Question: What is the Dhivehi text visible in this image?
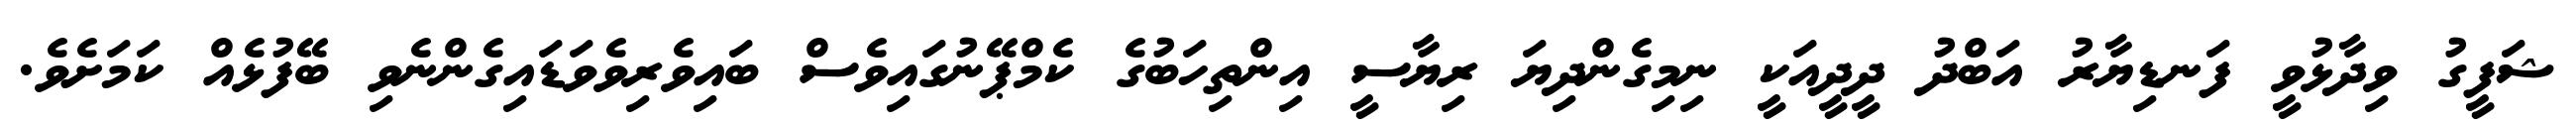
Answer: ޝަފީގު ވިދާޅުވީ ފަނޑިޔާރު އަބްދު ދީދީއަކީ ނިމިގެންދިޔަ ރިޔާސީ އިންތިހަބުގެ ކެމްޕޭނުގައިވެސް ބައިވެރިވެވަޑައިގެންނެވި ބޭފުޅެއް ކަމަށެވެ.